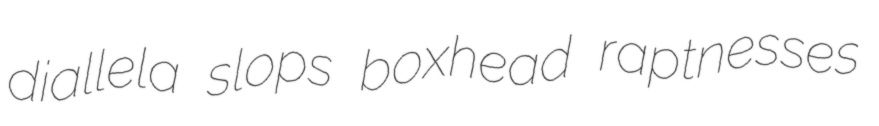
diallela slops boxhead raptnesses